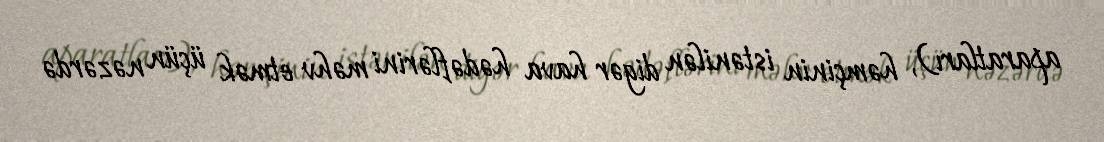
aparatları), həmçinin istənilən digər hava hədəflərini məhv etmək üçün nəzərdə